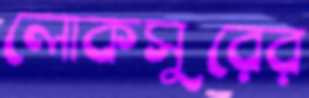
লোকসুরের